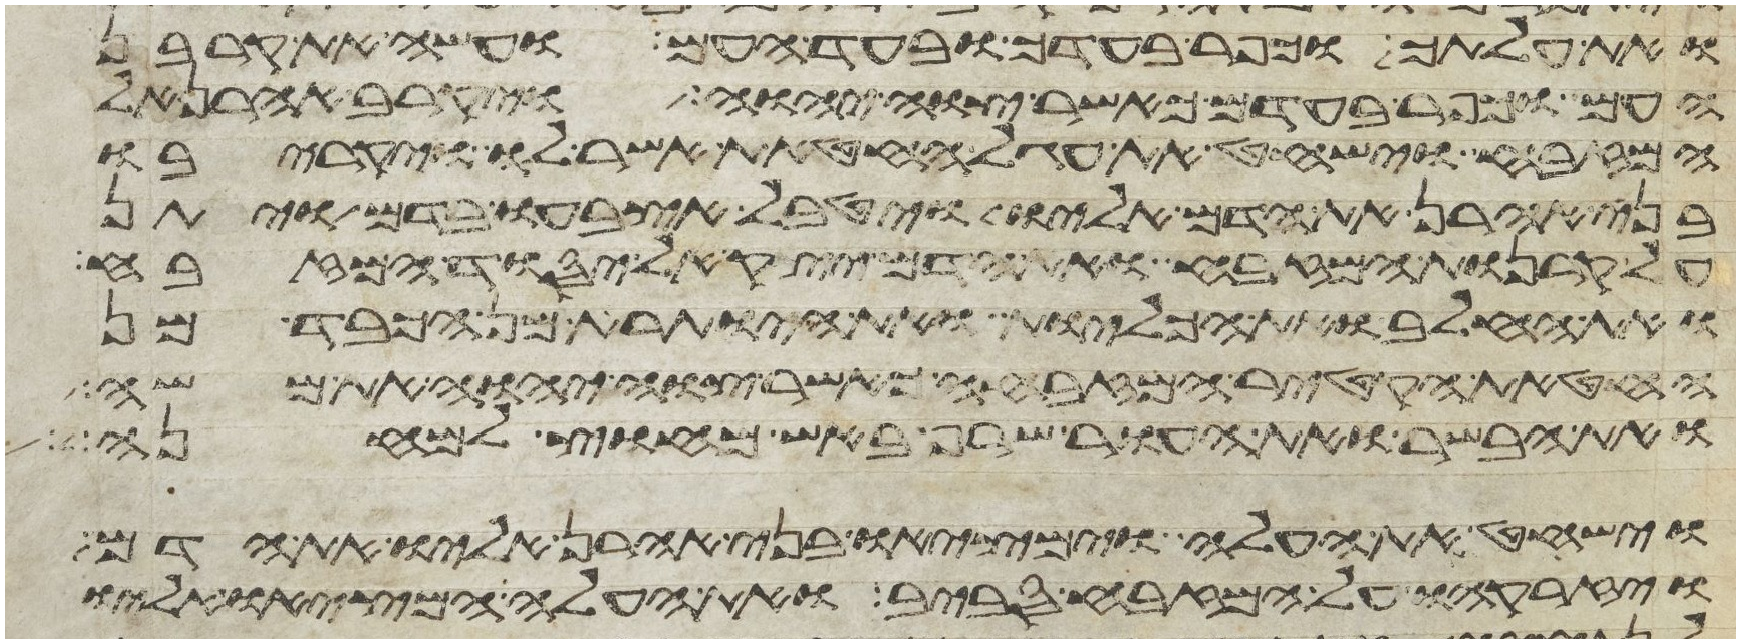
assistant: ואת עלתך וכפר בעדך ובעד העם ועשה את קרבן
העם וכפר בעדם כאשר צוה יהוה ויקרב אהרן אל
המזבח וישחט את עגל החטאת אשר לו ויקריבו
בני אהרן את הדם אליו ויטבל אצבעו בדם ויתן
על קרנות המזבח ואת הדם יצק אל יסוד המזבח
ואת החלב ואת הכליות ואת היותרת מן הכבד מן
החטאת הקטיר המזבחה כאשר צוה יהוה את משה
ואת הבשר ואת העור שרף באש מחוץ למחנה
וישחט את העלה וימציאו בני אהרן אליו את הדם
ויזרקהו על המזבח סביב ואת העלה המציאו אליו